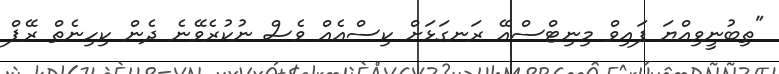
"ތިބުނީވިއްޔަ ފައިވް މިނިޓްސްއޭ ރަނގަޅަށް ކިސްއެއް ވެސް ނުކުރެވޭނެ ދެން ކިހިނެތް ރޭޕް